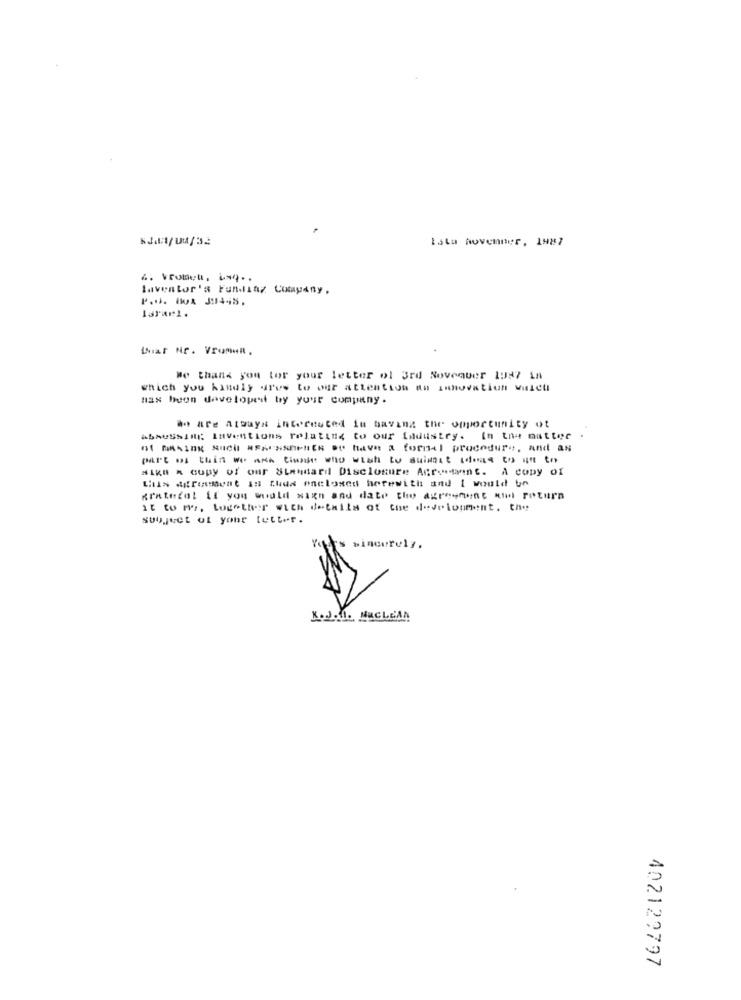
Esta Novenner, 1987
4. Vrobert, 14 ..
laventor's Funding Company,
larurl.
Bar Nr. VIumul.
We thank you for your letter ol 3rd Novequer 1987 in
which you kindly ures to our attention to innovation wulet
max buon developed by your company.
# are always interested in having the opportunity ot
AbAUSSINE Inventions relating to our Industry. In the matter
of MASIBE SUCH ASAUNSERER ." have a formal procedure, and as
part of this we are timale who wish to suimat ideas to get to
Mika A copy of our Standard Disclosure Acroisant. A copy of
this Agreement is thus enclosed herewith and I would be
Krategal if you would win and dato the agreement and return
it to no, together with details of the development, the
subject ut your tetter.
sincerely.
K.dph. MaCLEAN
402129797